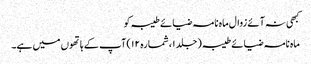
کبھی نہ آئے زوال ماہ نامہ ضیائے طیبہ کو
ماہ نامہ ضیائے طیبہ (جلد ۱، شمارہ ۱۲) آپ کے ہاتھوں میں ہے۔